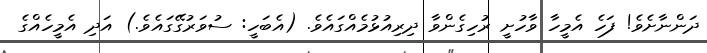
ދަންނާށެވެ! ފަހެ އެމީހާ ވާހުށީ ރުހިގެންވާ ދިރިއުޅުމެއްގައެވެ. (އެބަހީ: ސުވަރުގޭގައެވެ.) އަދި އެމީހެއްގެ